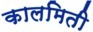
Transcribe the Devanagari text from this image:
कालमिती